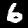
Label: 6